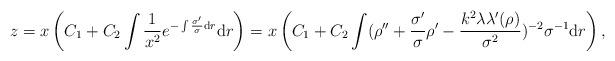
LaTeX: \begin{align*}z=x\left(C_1+C_2\int\frac{1}{x^2}e^{-\int \frac{\sigma'}{\sigma}{\rm d}r}{\rm d}r\right)=x\left(C_1+C_2\int(\rho''+\frac{\sigma'}{\sigma}\rho'-\frac{k^2\lambda\lambda'(\rho)}{\sigma^2})^{-2}\sigma^{-1}{\rm d}r\right),\end{align*}